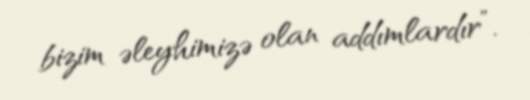
bizim əleyhimizə olan addımlardır”.